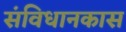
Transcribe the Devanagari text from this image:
संविधानकास